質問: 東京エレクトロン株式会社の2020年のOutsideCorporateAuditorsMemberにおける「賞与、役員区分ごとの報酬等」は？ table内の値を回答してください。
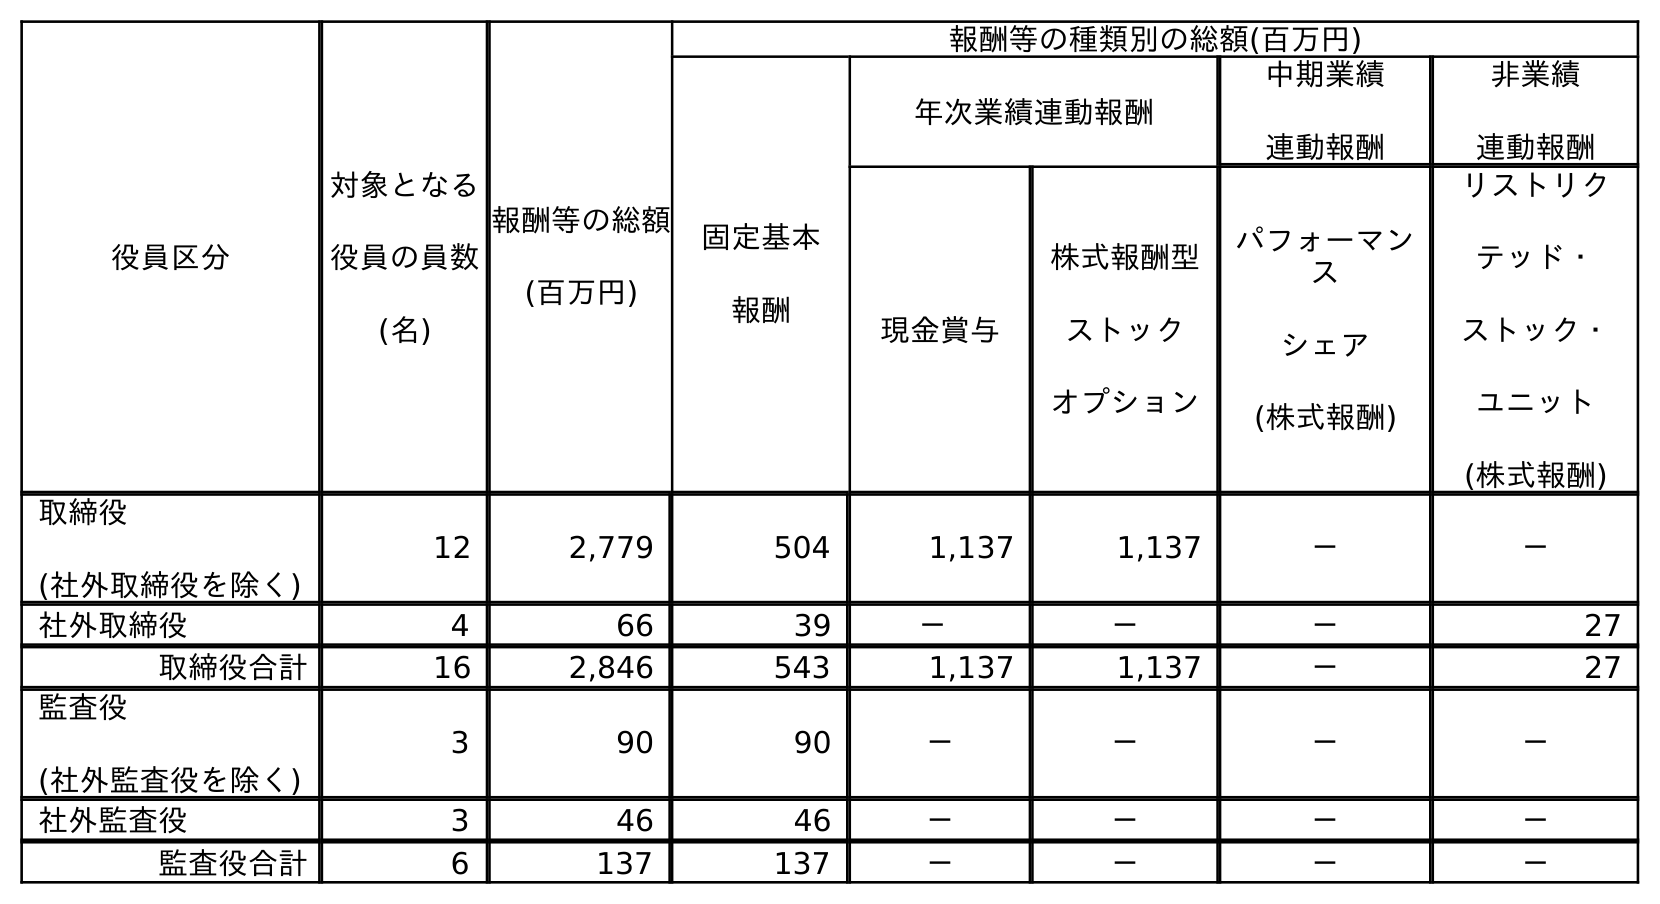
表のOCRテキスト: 役員区分 対象となる 役員の員数 (名) 報酬等の総額 (百万円) 報酬等の種類別の総額(百万円) 固定基本 報酬 年次業績連動報酬 中期業績 連動報酬 非業績 連動報酬 現金賞与 株式報酬型 ストック オプション パフォーマン ス シェア (株式報酬) リストリク テッド・ ストック・ ユニット (株式報酬) 取締役 (社外取締役を除く) 12 2,779 504 1,137 1,137 － － 社外取締役 4 66 39 － － － 27 取締役合計 16 2,846 543 1,137 1,137 － 27 監査役 (社外監査役を除く) 3 90 90 － － － － 社外監査役 3 46 46 － － － － 監査役合計 6 137 137 － － － －
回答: －